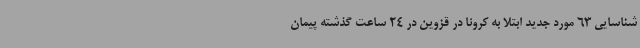
شناسایی 63 مورد جدید ابتلا به کرونا در قزوین در 24 ساعت گذشته پیمان